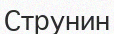
Струнин